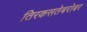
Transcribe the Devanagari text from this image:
तिरकसतेबरोबर